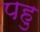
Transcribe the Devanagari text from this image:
पहु